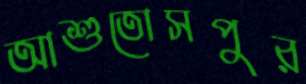
আশুতোসপুর